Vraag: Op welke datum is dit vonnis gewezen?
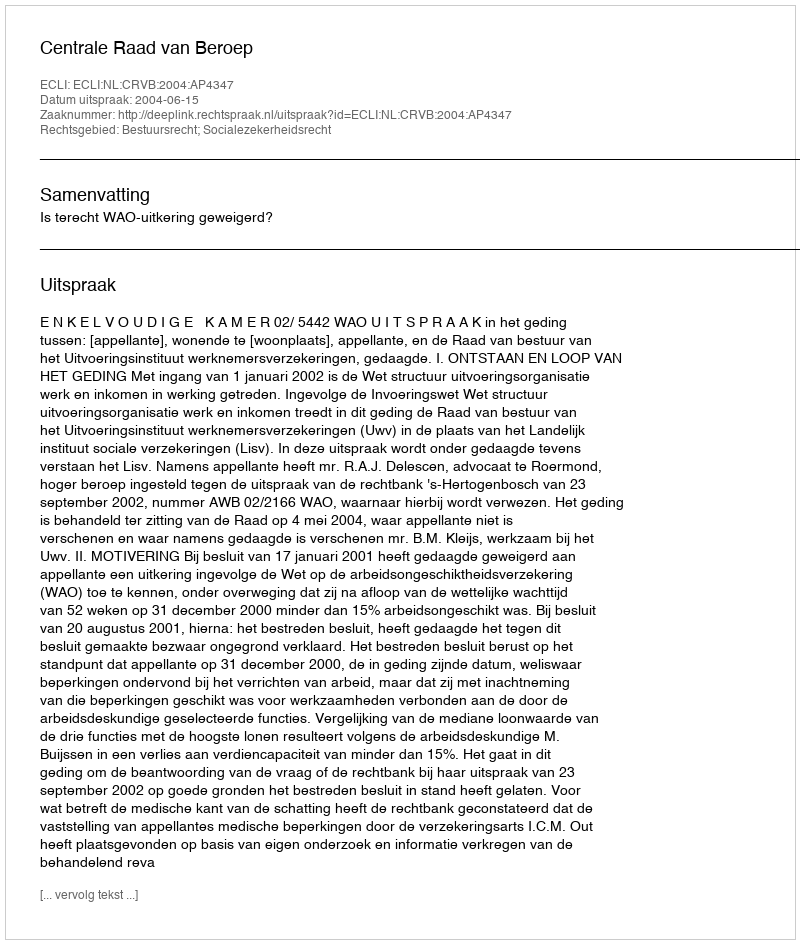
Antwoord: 2004-06-15